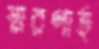
স্মরণার্হ